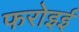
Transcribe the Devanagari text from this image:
फरोइई